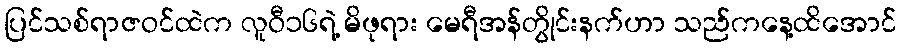
ပြင်သစ်ရာဇဝင်ထဲက လူဝီ၁၆ရဲ့ မိဖုရား မေရီအန်တွိုင်းနက်ဟာ သည်ကနေ့ထိအောင်